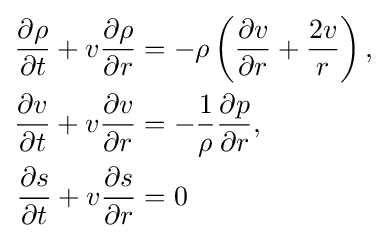
{\begin{aligned}{\frac {\partial \rho }{\partial t}}+v{\frac {\partial \rho }{\partial r}}&=-\rho \left({\frac {\partial v}{\partial r}}+{\frac {2v}{r}}\right),\\{\frac {\partial v}{\partial t}}+v{\frac {\partial v}{\partial r}}&=-{\frac {1}{\rho }}{\frac {\partial p}{\partial r}},\\{\frac {\partial s}{\partial t}}+v{\frac {\partial s}{\partial r}}&=0\end{aligned}}